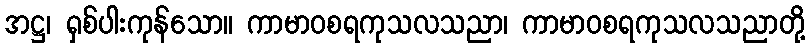
အဋ္ဌ၊ ရှစ်ပါးကုန်သော။ ကာမာဝစရကုသလသညာ၊ ကာမာဝစရကုသလသညာတို့